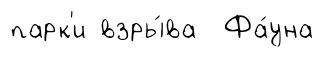
парк'и взры́ва Фа́уна